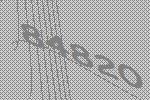
84820